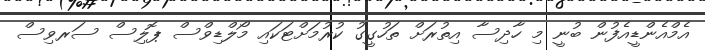
އެމްއެންޑީއެފުން ބުނީ މި ހާދިސާ އިތުރަށް ތަހުގީގު ކުރުމަށްޓަކައި މޯލްޑިވްސް ޕޮލިސް ސަރވިސް